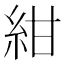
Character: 紺